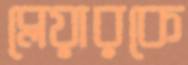
ব্লেয়ারকে